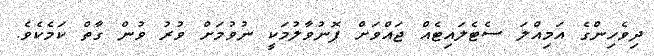
ދިވެހިންގެ އަމިއްލަ ސެޓެލައިޓެއް ޖައްވަށް ފޮނުވާލުމަކީ ނުވުމަށް ވުރު ވުން ގާތް ކަމެކެވެ.